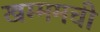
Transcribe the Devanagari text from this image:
खम्ममची